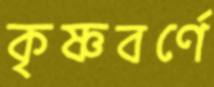
কৃষ্ণবর্ণে